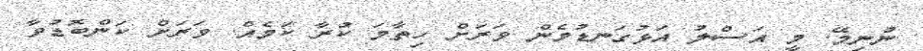
ނުނިމޭ. މީ އަސްލު އަޅުގަނޑުމެން ވަރަށް ހިތާމަ ކުރާ ކަމެއް. ވަރަށް ކަންބޮޑުވާ